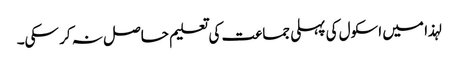
لہذا میں اسکول کی پہلی جماعت کی تعلیم حاصل نہ کر سکی۔